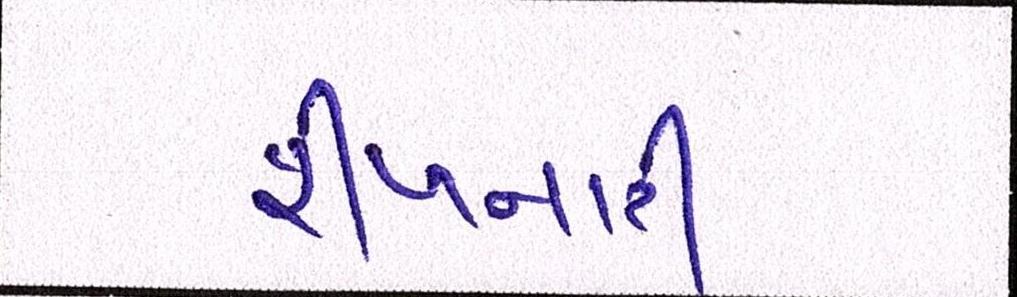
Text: શીખનારી